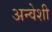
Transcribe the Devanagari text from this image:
अन्वेशी